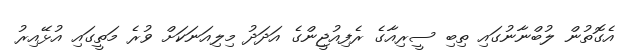
އެގޮތުން ލުބްނާނުގައި ތިބި ސީރިއާގެ ރެފިއުޖީންގެ އަދަދު މިލިއަނަކަށް ވުރެ މަތީގައި އުޅޭއިރު